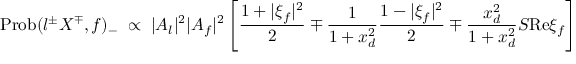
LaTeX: \mathrm { P r o b } ( l ^ { \pm } X ^ { \mp } , f ) _ { - } \; \propto \; | A _ { l } | ^ { 2 } | A _ { f } | ^ { 2 } \left[ \frac { 1 + | \xi _ { f } | ^ { 2 } } { 2 } \mp \frac { 1 } { 1 + x _ { d } ^ { 2 } } \frac { 1 - | \xi _ { f } | ^ { 2 } } { 2 } \mp \frac { x _ { d } ^ { 2 } } { 1 + x _ { d } ^ { 2 } } { \cal S } \mathrm { R e } \xi _ { f } \right] \;